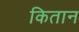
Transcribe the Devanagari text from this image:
कितान